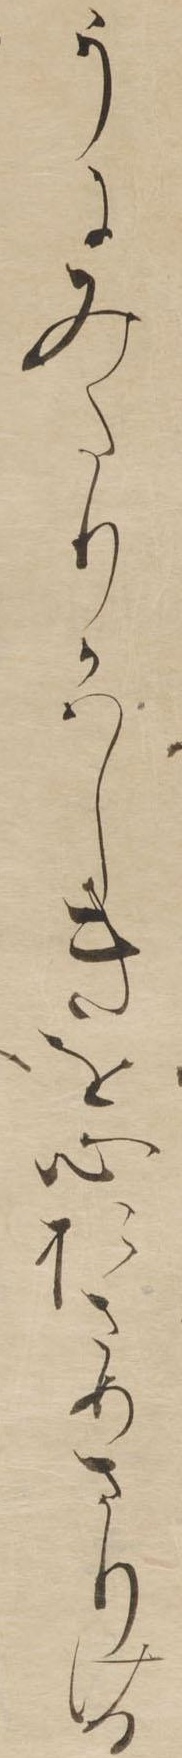
うにみたりかはしきを心おさめさりける